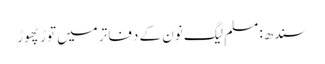
سندھ: مسلم لیگ نون کے دفاتر میں توڑ پھوڑ